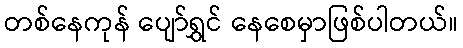
တစ်နေကုန် ပျော်ရွှင် နေစေမှာဖြစ်ပါတယ်။